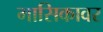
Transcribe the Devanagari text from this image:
मासिकावर